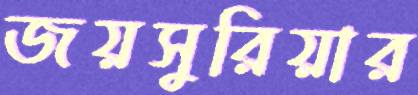
জয়সুরিয়ার